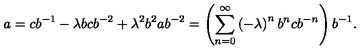
a = c b ^ { - 1 } - \lambda b c b ^ { - 2 } + \lambda ^ { 2 } b ^ { 2 } a b ^ { - 2 } = \left( \sum _ { n = 0 } ^ { \infty } \left( - \lambda \right) ^ { n } b ^ { n } c b ^ { - n } \right) b ^ { - 1 } .